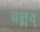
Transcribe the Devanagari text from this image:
वङ्मय्